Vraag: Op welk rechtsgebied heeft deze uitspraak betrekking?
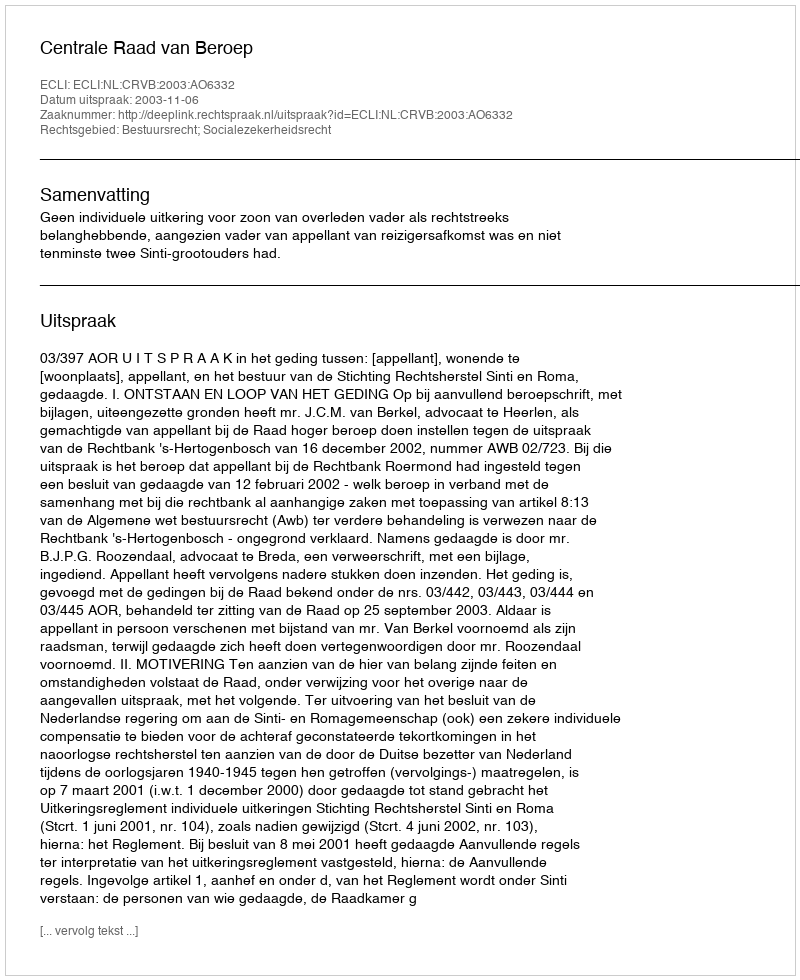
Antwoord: Bestuursrecht; Socialezekerheidsrecht